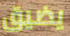
يضيق